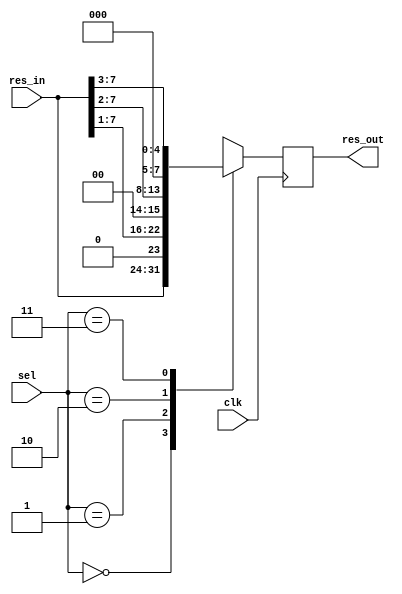
`timescale 1ns/1ns

module amplitudeSelector(input clk, input[7:0] res_in, input[1:0] sel, output reg[7:0] res_out);

always @(posedge clk) begin
    case (sel)
      2'b00: begin
                res_out = res_in;
             end
      2'b01: begin
                res_out = res_in>>>1;
             end
      2'b10: begin
                res_out = res_in>>>2;
             end
      2'b11: begin
                res_out = res_in>>>3;
             end
    endcase
end

endmodule